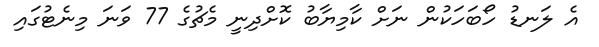
އެ ލަނޑު ހޯބަހަކުން ނަށް ކާމިޔާބު ކޮށްދިނީ މެޗުގެ 77 ވަނަ މިނެޓުގައި